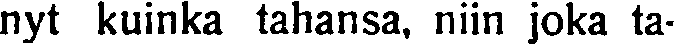
nyt kuinka tahansa, niin joka ta-